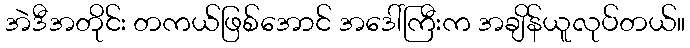
အဲဒီအတိုင်း တကယ်ဖြစ်အောင် အဒေါ်ကြီးက အချိန်ယူလုပ်တယ်။